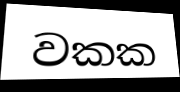
වකක